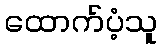
ထောက်ပံ့သူ